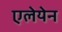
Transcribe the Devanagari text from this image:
एलेयेन